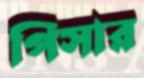
পিসার